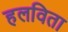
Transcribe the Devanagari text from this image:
हलविता